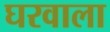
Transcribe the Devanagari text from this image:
घरवाला